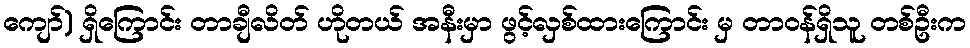
ကျော်) ရှိကြောင်း တာချီလိတ် ဟိုတယ် အနီးမှာ ဖွင့်လှစ်ထားကြောင်း မှ တာဝန်ရှိသူ တစ်ဦးက